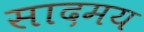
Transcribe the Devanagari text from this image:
सादमय